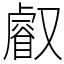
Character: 𠮉